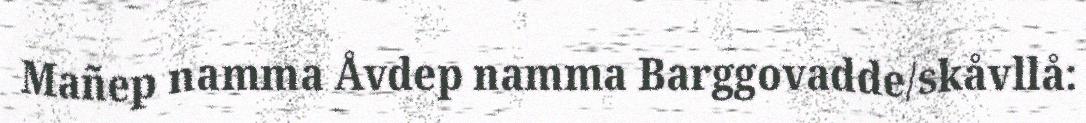
Mañep namma Åvdep namma Barggovadde/skåvllå: